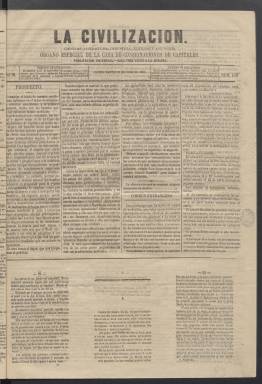
Título: La Civilización (Madrid. 1863)
Colección: Periódicos || Economía
Ámbito geográfico: Madrid
Lugar de publicación: Madrid
Fechas: 23/06/1863-27/09/1863

Este periódico comenzó en junio de 1863 y es continuación de El Amigo del Comercio, que se venía publicando desde hacía casi tres años. Su director, el abogado Fernando Moreno y Solano, que era también promotor inmobiliario como gerente de la Casa de Consignaciones de Capitales, así como los directivos de esta sociedad, decidieron cambiarle el título para darle un cariz de periódico educativo y no tan centrado en temas económicos y comerciales.

   La Civilización llevaba como uno de sus subtítulos el de Ciencia, Industria, Noticias y Anuncios y también destacaba otro como Periódico de instrucción general. No obstante, continuaba la numeración de su antecesor y, al igual que este, constaba de cuatro páginas y salía tres veces por semana.

   La Casa de Consignaciones de Capitales era una sociedad industrial que estaba enfocada en la promoción inmobiliaria y la construcción de viviendas, sobre todo para darlas en alquiler, así como en la edificación de fábricas y talleres de diferentes oficios también para arrendar. Esta es una de las razones del cambio de título, dado que sus editores consideraban que esta actividad económica de la promoción de la tenencia en alquiler era una obra civilizadora, además de que la publicación contaba con páginas específicas dedicadas a la instrucción pública.

      En el prospecto con el que abría su primer número, La Civilización decía solemnemente: ‘La instrucción es la base del edificio social, es deber de todos los escritores abogar por ella, denunciar los abusos, aplaudir los actos del gobierno y de los profesores que se encaminen a poner en su debido lugar el principio radical de la felicidad de las naciones’.

   Por los demás, el periódico contaba con las secciones habituales en la prensa de la época:  una sección oficial con la información de las decisiones gubernamentales y otras con noticias de Madrid, de provincias y del extranjero, estas últimas llegadas a través de la novedad que representaban los despachos telegráficos.

    La Civilización dedicaba también un espacio a la información religiosa, a la bursátil y a la cartelera teatral. Otra sección llamada de Variedades era un cajón de sastre en el que cualquier noticia tenía cabida. Incluso en el faldón dedicado tradicionalmente al folletín se publicaban poemas. Aunque lo que caracterizaba al periódico era su afán por la instrucción y así la primera columna de la portada podía arrancar con un tema como los Principios elementales del álgebra.

   La última página, como en tantos otros periódicos, estaba dedicada a la publicidad. La colección de la Biblioteca Nacional solo llega hasta septiembre de 1863. Puede que se editaran más números pero no parece que la  publicación tuviera mucho más recorrido.

[Descripción publicada el 4/11/2024]